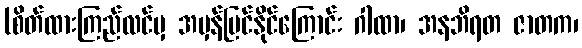
(စိတ်ထားကြည်လင်မှ အမှန်မြင်နိုင်ကြောင်း ဂါထာ၊ အနဘိရတ ဇာတက၊